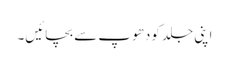
اپنی جلد کودھوپ سے بچائیں۔